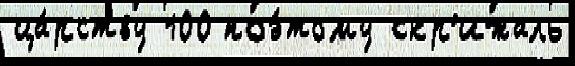
ца́рству 100 поэ́тому скр'ижаль